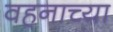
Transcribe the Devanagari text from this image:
वहनाच्या